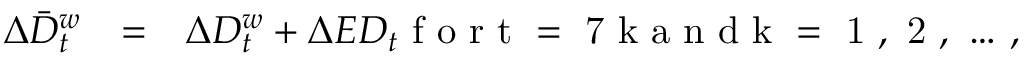
\begin{array} { r c l } { \Delta \bar { D } _ { t } ^ { w } } & { = } & { \Delta D _ { t } ^ { w } + \Delta E D _ { t } \mathrm { ~ f ~ o ~ r ~ t ~ = ~ 7 ~ k ~ a ~ n ~ d ~ k ~ = ~ 1 ~ , ~ 2 ~ , ~ \dots ~ } , } \end{array}